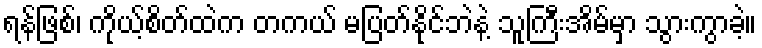
ရန်ဖြစ်၊ ကိုယ့်စိတ်ထဲက တကယ် မပြတ်နိုင်ဘဲနဲ့ သူကြီးအိမ်မှာ သွားကွာခဲ့။